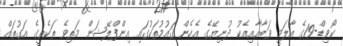
ކޯވިޑް-19ގެ އާލަމީ ވަބާއާއިއެކު ދުނިޔޭގެ އެހެން ޤައުމުތަކުގައި އިންފްލޭޝަން މަތިވެ ތަކެތީގެ އަގުތައް